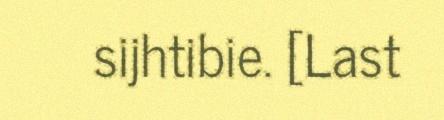
sijhtibie. [Last